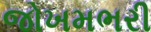
જોખમભરી